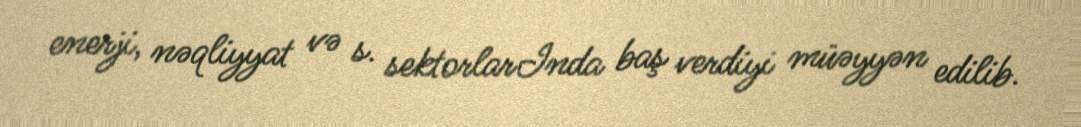
enerji, nəqliyyat və s. sektorlarInda baş verdiyi müəyyən edilib.